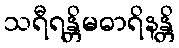
သရီရန္တိမဓာရိနန္တိ